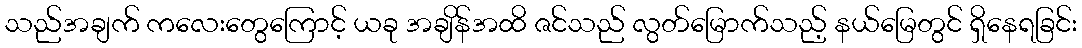
သည်အချက် ကလေးတွေကြောင့် ယခု အချိန်အထိ ဇင်သည် လွတ်မြောက်သည့် နယ်မြေတွင် ရှိနေရခြင်း